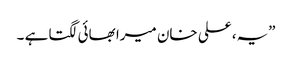
”یہ، علی خان میرا بھائی لگتا ہے ۔